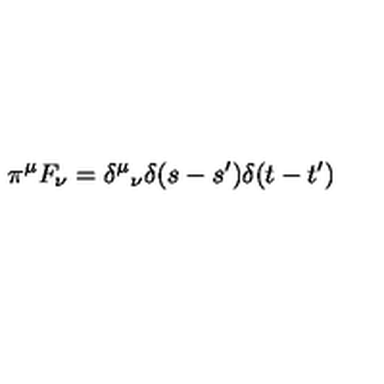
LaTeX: \pi ^ { \mu } F _ { \nu } = { \delta ^ { \mu } } _ { \nu } \delta ( s - s ^ { \prime } ) \delta ( t - t ^ { \prime } )